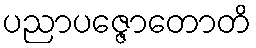
ပညာပဇ္ဇောတောတိ